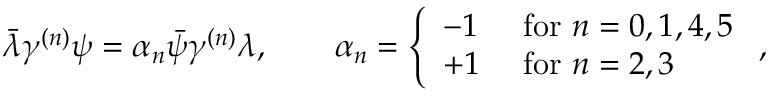
\bar { \lambda } \gamma ^ { ( n ) } \psi = \alpha _ { n } \bar { \psi } \gamma ^ { ( n ) } \lambda , \qquad \alpha _ { n } = \left\{ \begin{array} { l l } { { - 1 } } & { { \mathrm { ~ f o r ~ } n = 0 , 1 , 4 , 5 } } \\ { { + 1 } } & { { \mathrm { ~ f o r ~ } n = 2 , 3 } } \end{array} \right. ,